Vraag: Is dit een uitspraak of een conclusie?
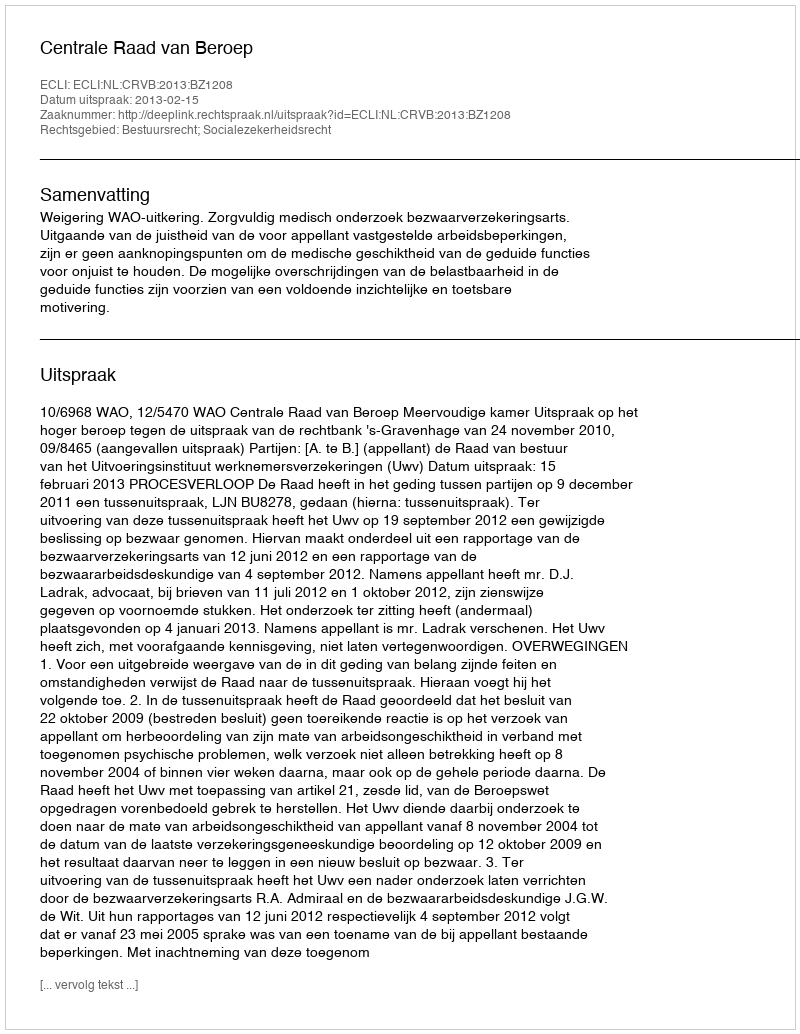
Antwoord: Uitspraak